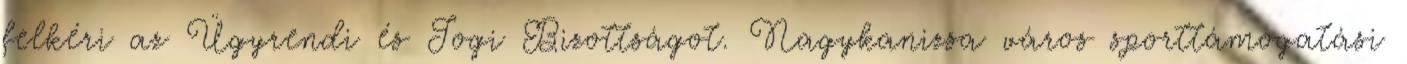
felkéri az Ügyrendi és Jogi Bizottságot. Nagykanizsa város sporttámogatási